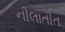
નીલાતીત